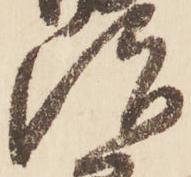
治